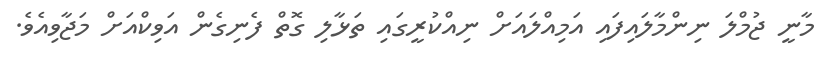
މާނީ ޖުމްލަ ނިންމާލައިފައި އަމިއްލައަށް ނިއްކުރީގައި ތަޅާލި ގޮތް ފެނިގެން އަވިކްއަށް މަޖާވިއެވެ.